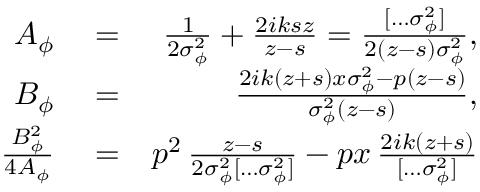
\begin{array} { r l r } { A _ { \phi } } & { { } = } & { \frac { 1 } { 2 \sigma _ { \phi } ^ { 2 } } + \frac { 2 i k s z } { z - s } = \frac { [ \hdots \sigma _ { \phi } ^ { 2 } ] } { 2 ( z - s ) \sigma _ { \phi } ^ { 2 } } , } \\ { B _ { \phi } } & { { } = } & { \frac { 2 i k ( z + s ) x \sigma _ { \phi } ^ { 2 } - p ( z - s ) } { \sigma _ { \phi } ^ { 2 } ( z - s ) } , } \\ { \frac { B _ { \phi } ^ { 2 } } { 4 A _ { \phi } } } & { { } = } & { p ^ { 2 } \, \frac { z - s } { 2 \sigma _ { \phi } ^ { 2 } [ \hdots \sigma _ { \phi } ^ { 2 } ] } - p x \, \frac { 2 i k ( z + s ) } { [ \hdots \sigma _ { \phi } ^ { 2 } ] } } \end{array}